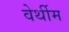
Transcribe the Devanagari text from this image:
वेर्थीम